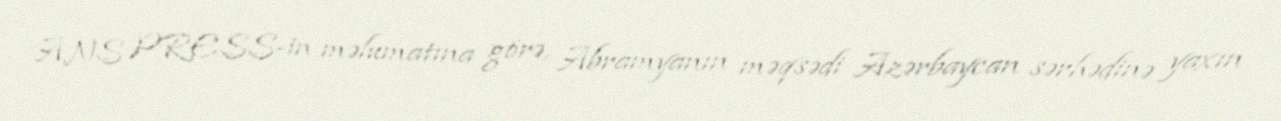
ANS PRESS-in məlumatına görə, Abramyanın məqsədi Azərbaycan sərhədinə yaxın